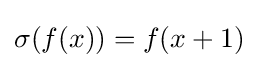
\sigma (f(x))=f(x+1)